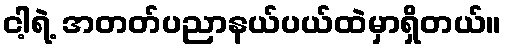
ငါ့ရဲ့ အတတ်ပညာနယ်ပယ်ထဲမှာရှိတယ်။